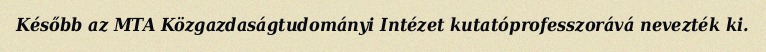
Később az MTA Közgazdaságtudományi Intézet kutatóprofesszorává nevezték ki.